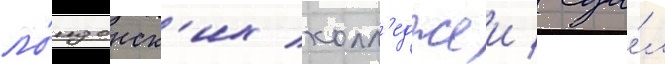
ло́ндонск'их колл'еджеи / сда́л